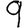
Digit: 9